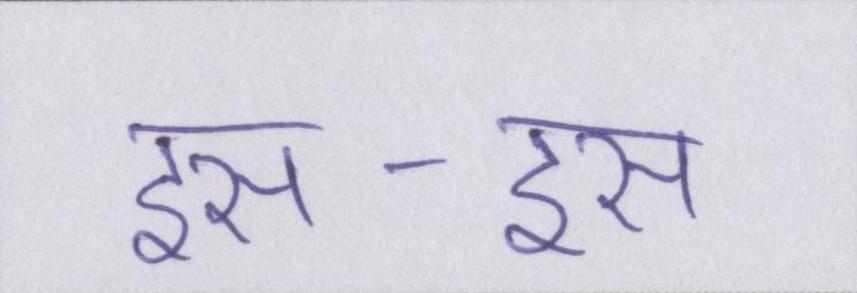
इस-इस